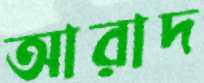
আরাদ